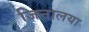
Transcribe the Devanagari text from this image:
जिनालया